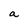
Character: a